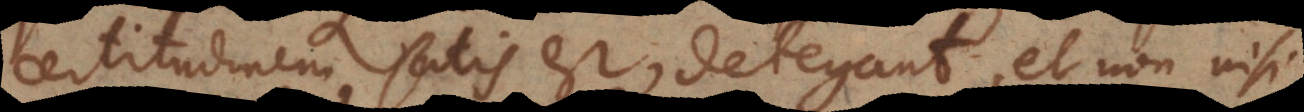
certitudinem satis est, detegant, et non nisi